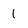
Character: 1